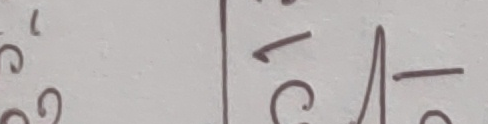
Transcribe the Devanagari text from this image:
कट्‌ने